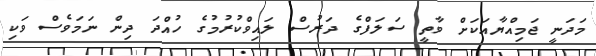
މަދަނީ ޖަމިއްޔާއަކަށް ވާތީ ސަލަފްގެ ދަރުސް ލައިވްކުރުމުގެ ހުއްދަ ދިން ނަމަވެސް ވަކި